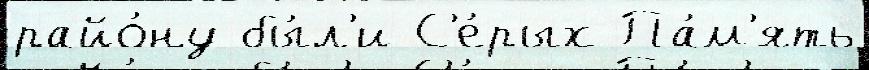
райо́ну бы́л'и С'е́рых Па́м'ять